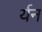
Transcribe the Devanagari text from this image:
र्यन